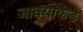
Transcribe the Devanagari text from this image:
जावयाकडे